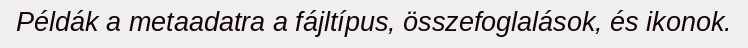
Példák a metaadatra a fájltípus, összefoglalások, és ikonok.